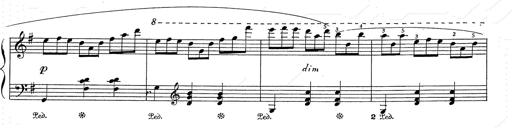
Title: 6 Polish Songs
Composer: Franz Liszt